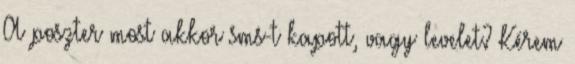
A poszter most akkor sms-t kapott, vagy levelet? Kérem